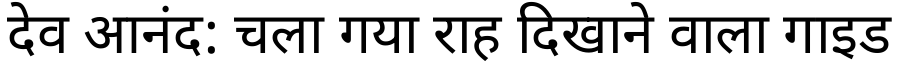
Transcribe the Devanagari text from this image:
देव आनंद: चला गया राह दिखाने वाला गाइड